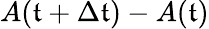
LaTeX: A(\mathfrak{t}+\Delta\mathfrak{t})-A(\mathfrak{t})